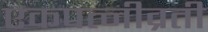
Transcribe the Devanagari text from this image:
एकपत्नीव्रती